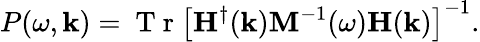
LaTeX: P(\omega,\mathbf{k})=\mathrm{~T~r~}\left[\mathbf{H}^{\dagger}(\mathbf{k})\mathbf{M}^{-1}(\omega)\mathbf{H}(\mathbf{k})\right]^{-1}.